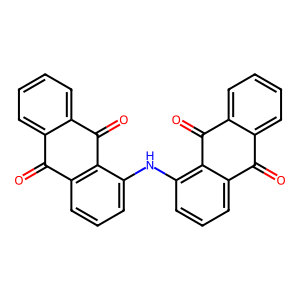
SMILES: O=C1c2ccccc2C(=O)c2c(Nc3cccc4c3C(=O)c3ccccc3C4=O)cccc21
Inhibits HIV replication: No